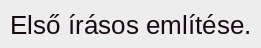
Első írásos említése.